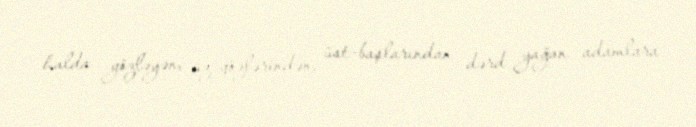
halda gözləyən, üz-gözlərindən, üst-başlarından dərd yağan adamlara